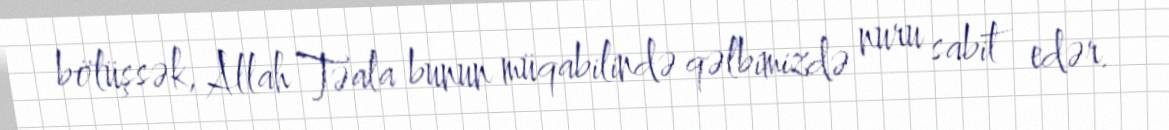
bölüşsək, Allah Təala bunun müqabilində qəlbimizdə nuru sabit edər.